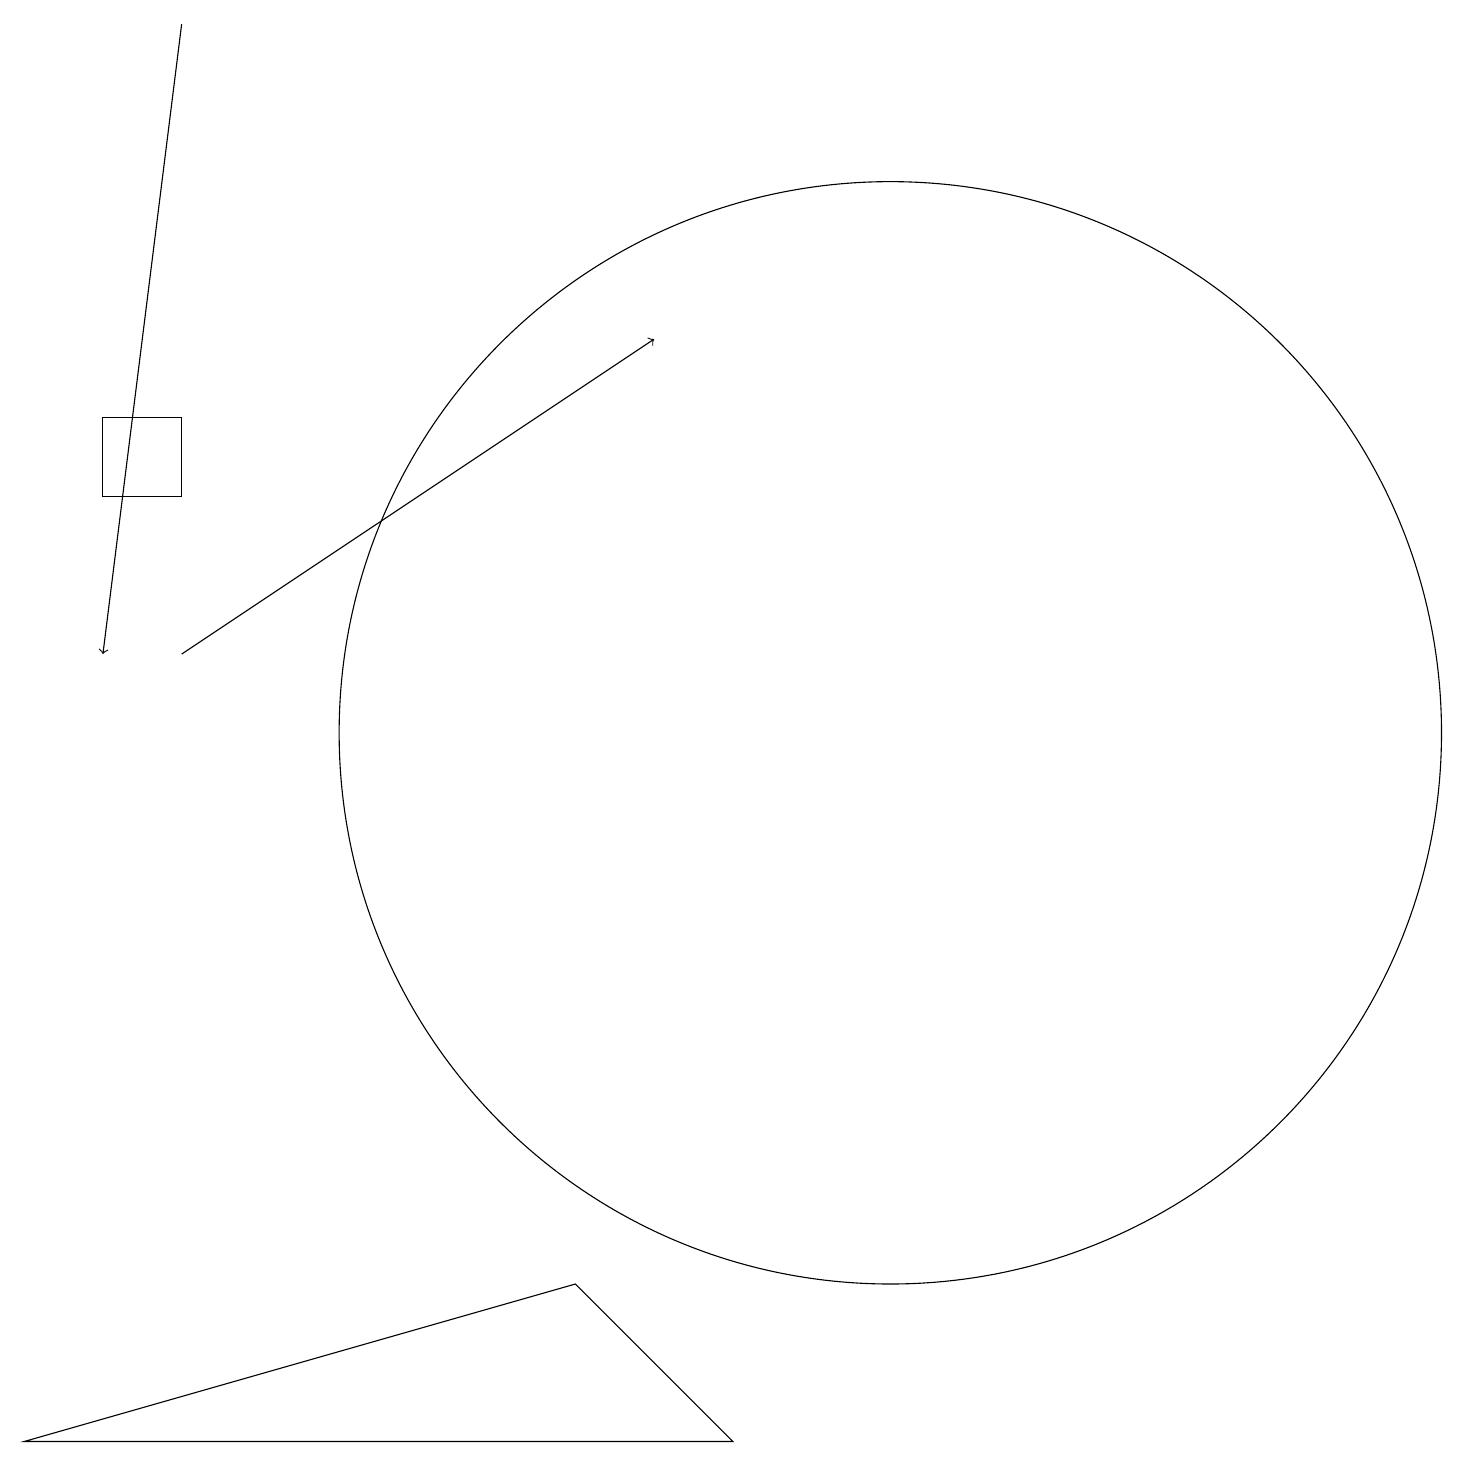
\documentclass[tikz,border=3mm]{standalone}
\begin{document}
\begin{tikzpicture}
\draw[->] (2,19) -- (1,11);
\draw[->] (2,11) -- (8,15);
\draw (1,14) rectangle (2,13);
\draw (7,3) -- (0,1) -- (9,1) -- cycle;
\draw (11,10) circle (7);
\draw (11,10) circle (0);
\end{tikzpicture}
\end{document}